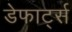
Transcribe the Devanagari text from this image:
डेफार्ट्स